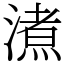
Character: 㵭